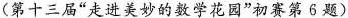
（第十三届”走进美妙的数学花园”初赛第6题)